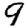
Digit: 9